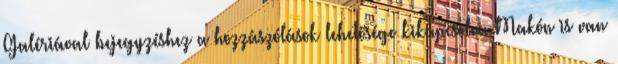
Galériával bejegyzéshez a hozzászólások lehetősége kikapcsolva Makón is van